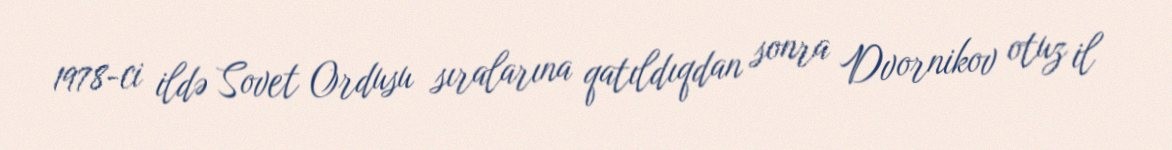
1978-ci ildə Sovet Ordusu sıralarına qatıldıqdan sonra Dvornikov otuz il